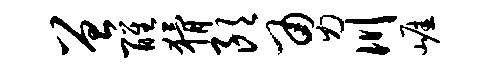
曾醒猾朗勇川崖